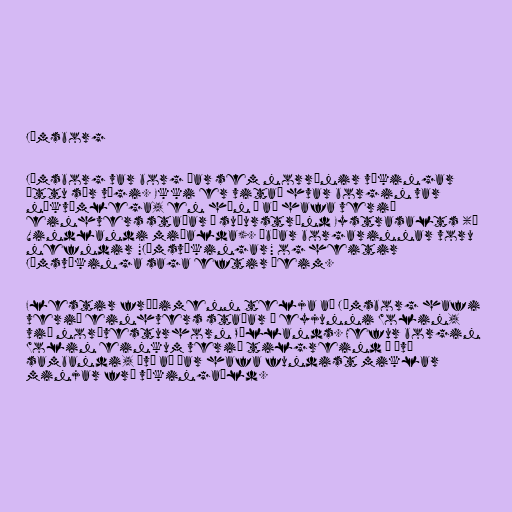
Jómsborg

Jómsborg var borg þar sem norrænir víkingar
áttu sér vígi. Ekki er vitað hvar borgin var
nákvæmlega, en hún á að hafa verið
einhvers staðar á suðurströnd Eystrasalts (á
Vindlandi miðalda). Íbúar borgarinnar voru
nefndir "Jómsvíkingar" og heitir
Jómsvíkinga saga eftir þeim.

Flestir fræðimenn telja að Jómsborg hafi
verið einhvers staðar á eyjunni Wolin,
við norðvesturhorn Póllands. Hefur borgin
Wolin einkum verið tilgreind í því
sambandi, því að þar hafa fundist miklar
minjar frá víkingaöld.